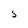
Character: S